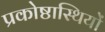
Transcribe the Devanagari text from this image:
प्रकोष्ठास्थियों